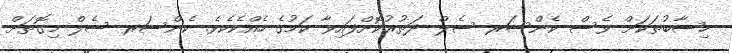
ހިސާބުތަކަށް ވެސް ކެންސަރ ސެލް ދަތުރުކޮށްފައިވާ ކަމުގެ ހެއްކެކެވެ. ކެންސަރ ސެލް މިގޮތަށް